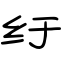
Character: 纡